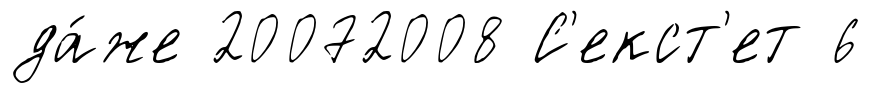
да́же 20072008 С'екст'ет 6